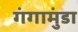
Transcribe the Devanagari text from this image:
गंगामुंडा